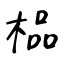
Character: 榀